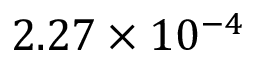
2 . 2 7 \times 1 0 ^ { - 4 }